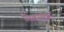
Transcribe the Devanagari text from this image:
सिबायक